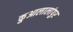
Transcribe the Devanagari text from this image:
कुआलालांपुर